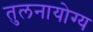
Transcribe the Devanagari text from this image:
तुलनायोग्य